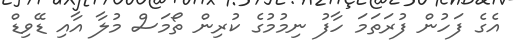
އެގެ ފަހުން ފުރަތަމަ ހާފު ނިމުމުގެ ކުރިން ތޯމަސް މުލާ އާއި ޑޭވިޑް